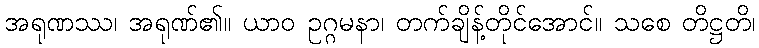
အရုဏဿ၊ အရုဏ်၏။ ယာဝ ဥဂ္ဂမနာ၊ တက်ချိန့်တိုင်အောင်။ သစေ တိဋ္ဌတိ၊